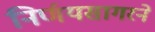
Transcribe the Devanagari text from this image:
निर्णयसागरने